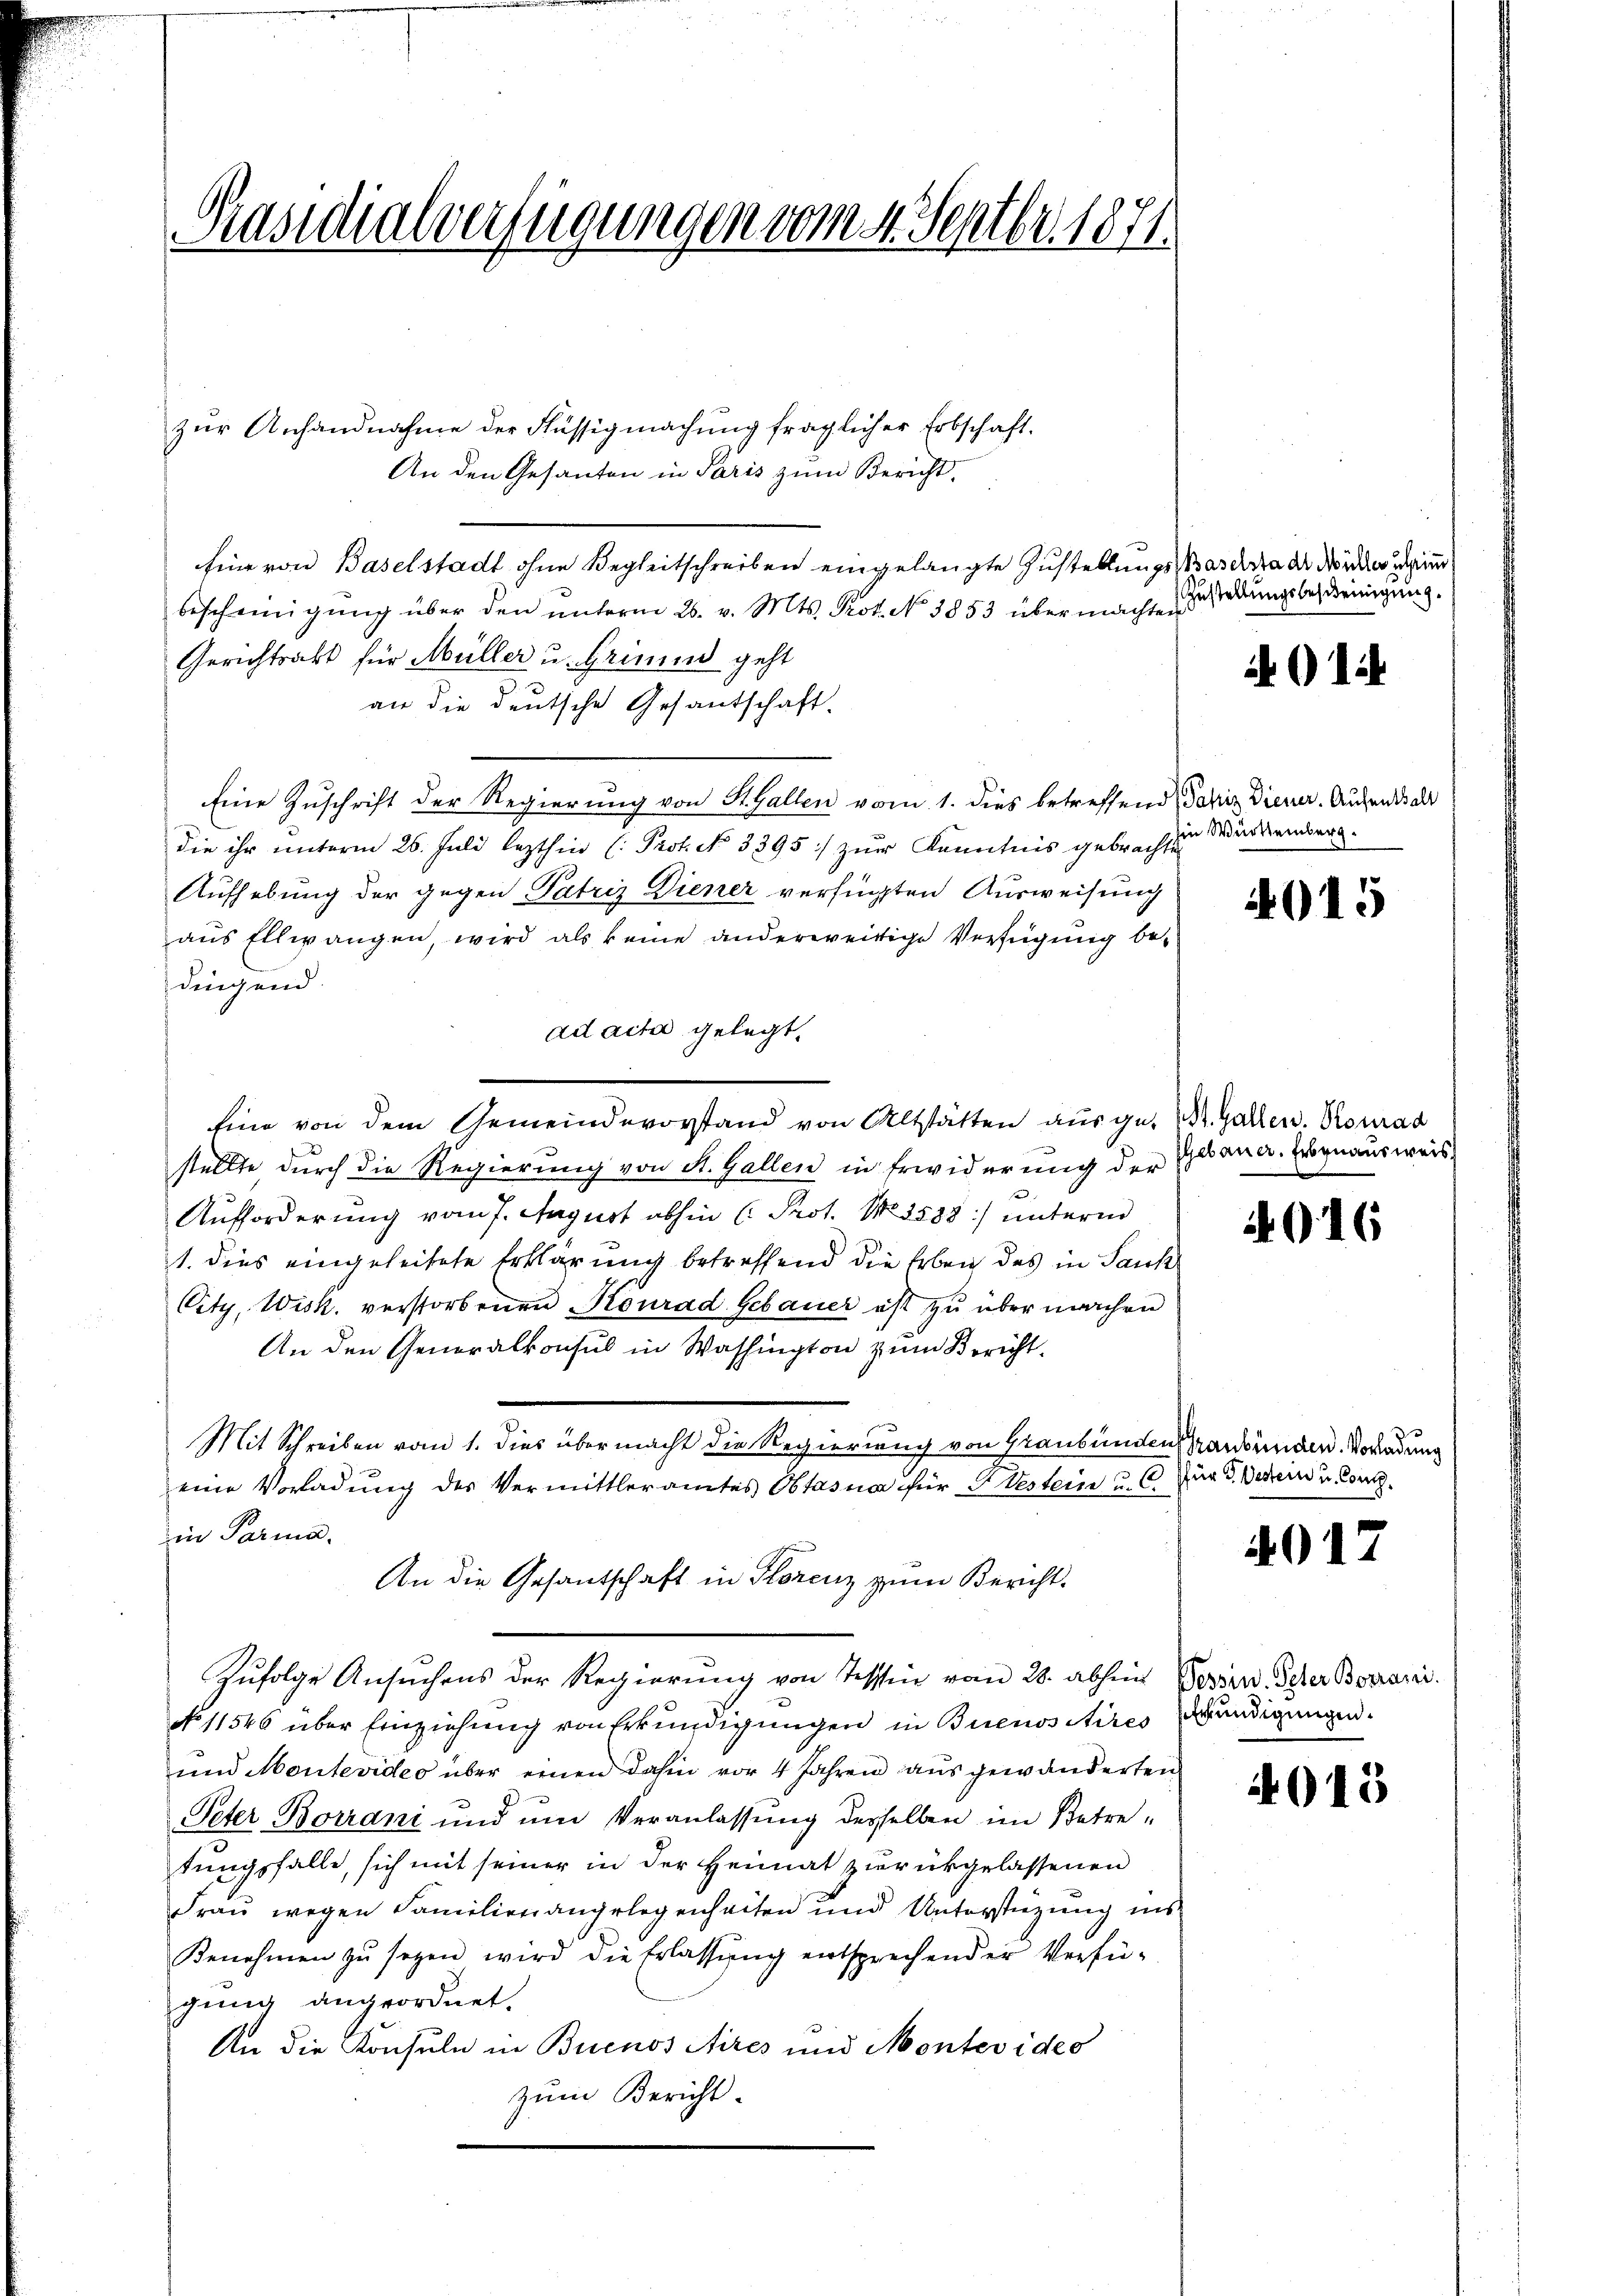
Präsidialverfügungen vom 4. Septbr. 1871.

zur Anhandnahme der Flüssigmachung fraglicher Erbschaft.
An den Gesanten in Paris zum Bericht,
Eine von Baselstadt ohne Begleitschreiben eingelangte Zustellungs-Barscha der Norden sein
bescheinigung über den ŭnterm 26. v. Mts. Prot. No 3853 übermachten
Gerichtsakt für Müller u. Grund geht
an die deutsche Gesantschaft.
Eine Zuschrift der Regierung von St. Gallen vom 1. dies betreffend Paniz Diener. Aufend al
die ihr unterm 26. Juli lezthin (Prot. N. 3395:/ zur Kenntnis gebrachte
Aufhebung der gegen Patriz Diener verfügten Ausweisung
aus Ellwangen, wird als keine anderweitige Verfügung bedingend.
ad acta gelegt,
Eine von dem Gemeindevorstand von Altstätten aus ge- St. Gallen. Konrad
stellte durch die Regierung von St. Gallen in Erwiderung der Gesana. Hegnausweis
Aufforderung vom 7. August abhin (Prot. No. 3588) unterm
1. dies eingeleitete Erklärung betreffend die Erben des in Sank
City, Wisk. verstorbenen Konrad Gebauer ist zu übermachen
An den Generalkonsul in Washington zum Bericht
Mit Schreiben vom 1. dies übermacht die Regierung von Graubünden Graubünden. Vorladung
eine Vorladŭng des Vermittleramtes Obtasna für Gestein u. C. Für d. Berein u. Concl.
in Parma.
An die Gesantschaft in Florenz zum Bericht.
Zufolge Ansuchens der Regierung von Tessin vom 28. abhin Ferien. Scher Borrarii.
No 11546 über Einziehung von Erkundigungen in Buenositires Wundigungen.
und Montevideo über einen dahin vor 4 Jahren aus gewänderten
Peter Borrani und um Veranlassung desselben im Betretungsfalle, sich mit seiner in der Heimat zurükgelassenen
Frau wegen Familien angelegenheiten und Unterstützung ins
Benehmen zŭ sezen wird die Erlassŭng entsprechender Verfü-
gung angeordnet.
An die Konsuln in Buenos Aires und Montevideo
zum Bericht.

Zustellungsbescheinigung.

A012

ine Württemberg.

4015

916

4017

4015